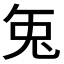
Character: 𭀣